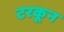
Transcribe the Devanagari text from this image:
टरकून